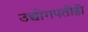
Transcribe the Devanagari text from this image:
उद्योगपतीही